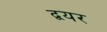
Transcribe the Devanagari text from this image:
द्वयर